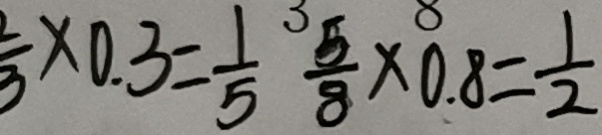
\frac { 2 } { 3 } \times 0 . 3 = \frac { 1 } { 5 } \frac { 5 } { 8 } \times 0 . 8 = \frac { 1 } { 2 }